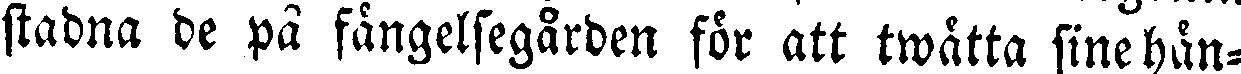
stadna de på fängelsegården för att twätta sine hän-